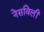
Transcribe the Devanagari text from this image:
नेसविलीं